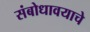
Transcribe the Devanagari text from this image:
संबोधावयाचे